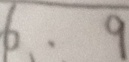
6 \cdot 9